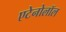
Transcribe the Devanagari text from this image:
एटेनोलॉल